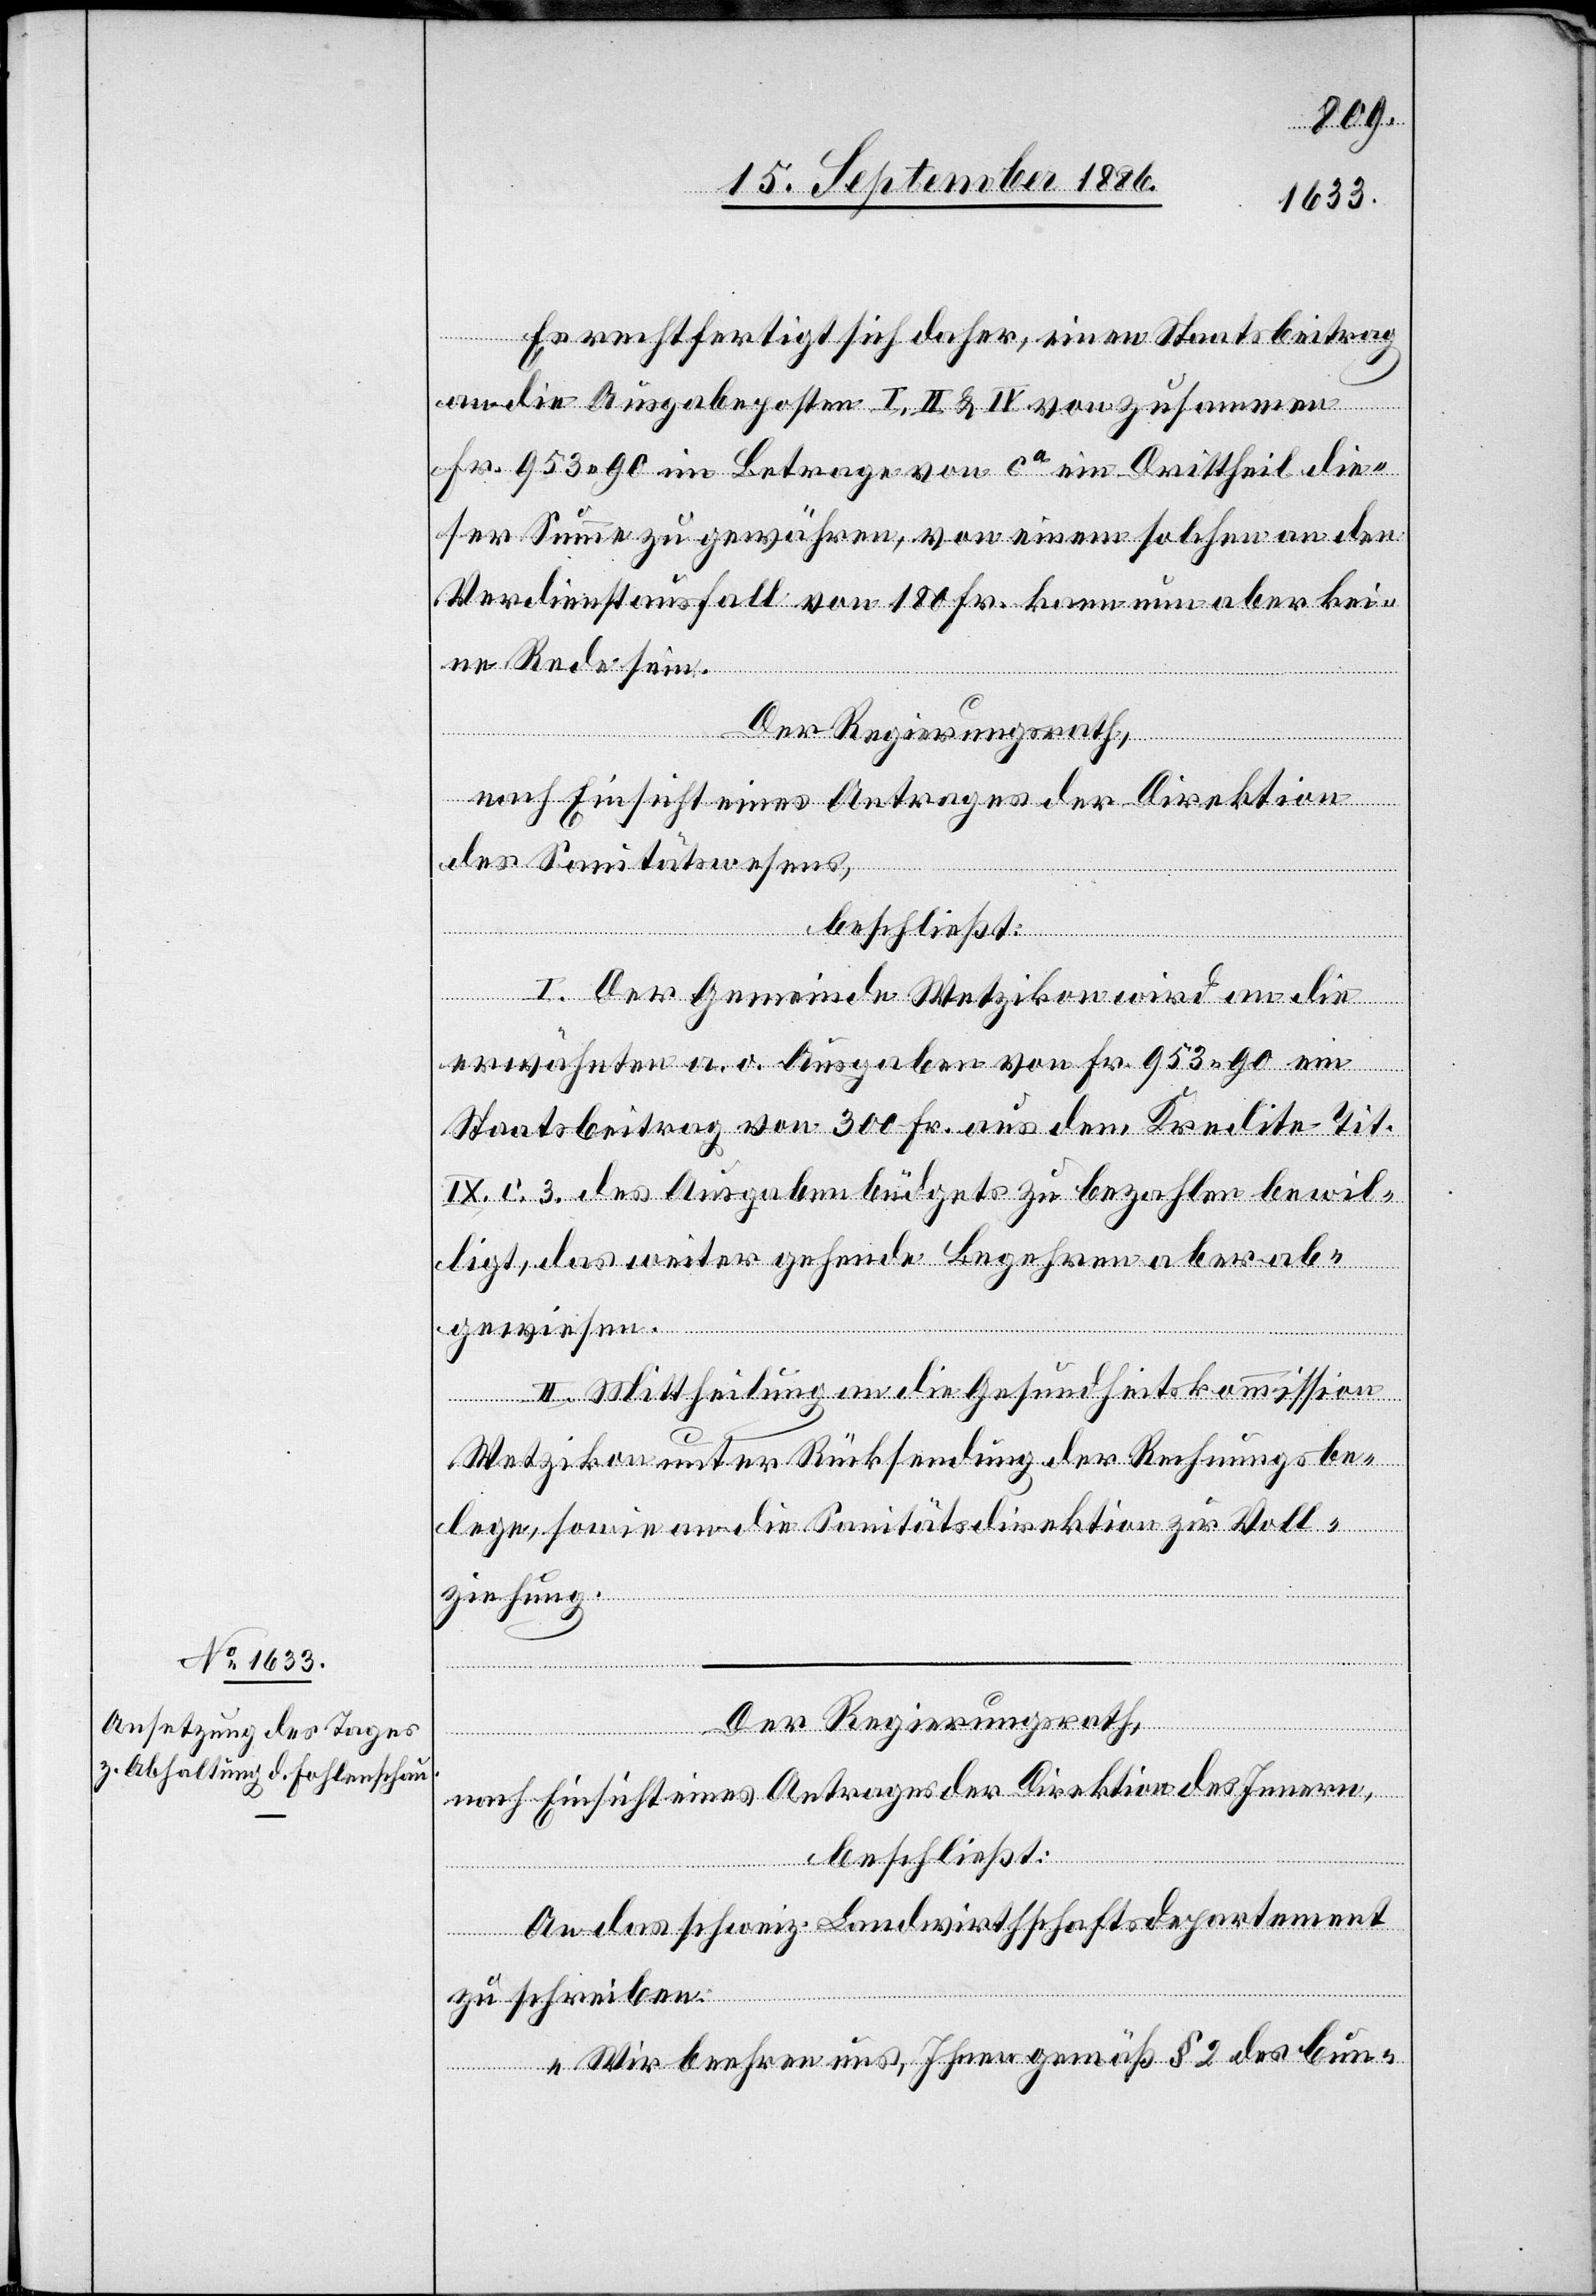
Es rechtfertigt sich daher, einen Staatsbeitrag
an die Ausgabeposten I, II & IV von zusammen
Fr. 953 90 im Betrage von ca ein Drittheil die¬
ser Summe zu gewähren, von einem solchen an den
Verdienstausfall von 180 Fr. kann nun aber kei¬
ne Rede sein.
Der Regierungsrath,
nach Einsicht eines Antrages der Direktion
des Sanitätswesens,
beschließt:
I. Der Gemeinde Wetzikon wird an die
erwähnten a. o. Ausgaben von Fr. 953 90 ein
Staatsbeitrag von 300 Fr. aus dem Kredite Tit.
IX. C. 3. des Ausgabenbüdgets zu bezahlen bewil¬
ligt, das weiter gehende Begehren aber ab¬
gewiesen.
II. Mittheilung an die Gesundheitskommission
Wetzikon unter Rücksendung der Rechnungsbe¬
lege, sowie an die Sanitätsdirektion zur Voll¬
ziehung.
Der Regierungsrath,
nach Einsicht eines Antrages der Direktion des Innern,
beschließt:
An das schweiz. Landwirthschaftsdepartement
zu schreiben:
„Wir beehren uns, Ihnen gemäß § 2 des bun-